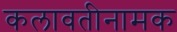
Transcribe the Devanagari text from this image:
कलावतीनामक